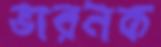
ভারনক